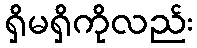
ရှိမရှိကိုလည်း